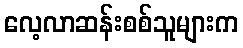
လေ့လာဆန်းစစ်သူများက